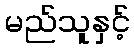
မည်သူနှင့်